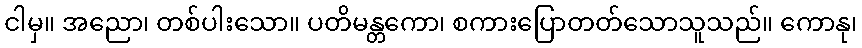
ငါမှ။ အညော၊ တစ်ပါးသော။ ပတိမန္တကော၊ စကားပြောတတ်သောသူသည်။ ကောနု၊